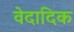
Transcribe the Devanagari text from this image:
वेदादिक